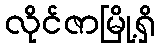
လိုင်ဇာမြို့ရှိ